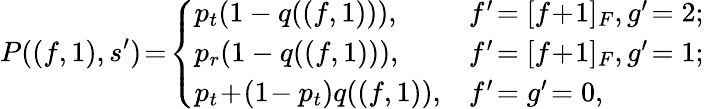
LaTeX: P((f,1),s^{\prime})\! =\! \left\{ \begin{array}{ll}{p_{t}(1-q((f,1))),}&{f^{\prime}\! =[f\! +\! 1]_{F},g^{\prime}\! =2;}\\ {p_{r}(1-q((f,1))),}&{f^{\prime}\! =[f\! +\! 1]_{F},g^{\prime}\! =1;}\\ {p_{t}\! +\! (1\! -p_{t})q((f,1)),}&{f^{\prime}\! =g^{\prime}\! =0,}\end{array}\right.